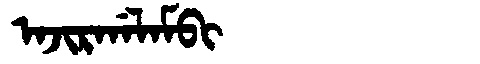
Manchu: ᠠᠵᡳᡵᡤᠠᠯᠠᠮᠪᡳ
Romanization: AJIRGALAMBI